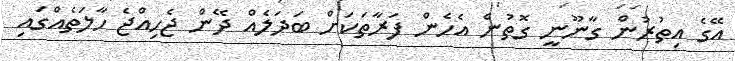
އޭގެ އިތުރުން ގާނޫނީ ގޮތުން އެހެން ފަރާތަކަށް ބަދަލެއް ދޭން ޖެހިއްޖެ ހާލަތެއްގައި